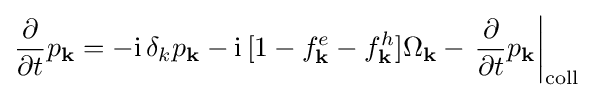
{\frac {\mathrm {\partial } }{\mathrm {\partial } t}}p_{\mathbf {k} }=-\mathrm {i} \,\delta _{k}p_{\mathbf {k} }-\mathrm {i} \,[1-f_{\mathbf {k} }^{e}-f_{\mathbf {k} }^{h}]\Omega _{\mathbf {k} }-\left.{\frac {\mathrm {\partial } }{\mathrm {\partial } t}}p_{\mathbf {k} }\right|_{\mathrm {coll} }